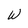
Character: W